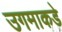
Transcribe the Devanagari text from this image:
उगमाकडे